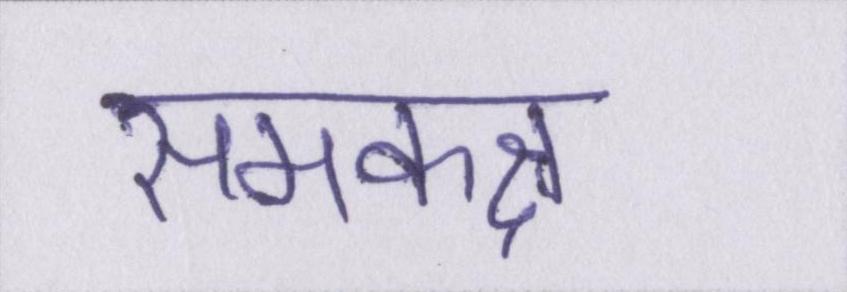
समकक्ष